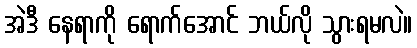
အဲဒီ နေရာကို ရောက်အောင် ဘယ်လို သွားရမလဲ။